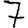
Digit: 7